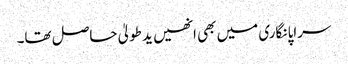
سراپا نگاری میں بھی انھیں ید طولیٰ حاصل تھا۔